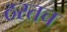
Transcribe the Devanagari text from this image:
ठरतच